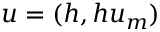
u = ( h , h u _ { m } )